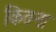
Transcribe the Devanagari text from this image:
कितना